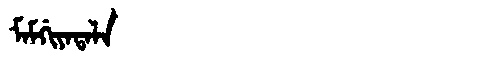
Manchu: ᠮᠠᠮᡤᡳᠶᠠᡨᠠᠯᠠ
Romanization: MAMGIYATALA